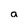
Character: a